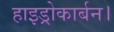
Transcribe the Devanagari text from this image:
हाइड्रोकार्बन।